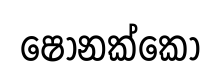
ෂෝනක්කෝ